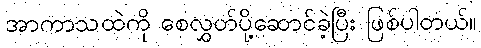
အာကာသထဲကို စေလွှတ်ပို့ဆောင်ခဲ့ပြီး ဖြစ်ပါတယ်။